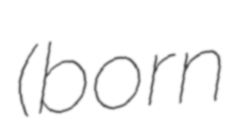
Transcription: (born